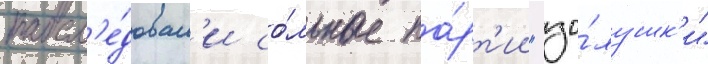
посл'е́довал'и со́льные па́рт'ии "зо́лушк'и"